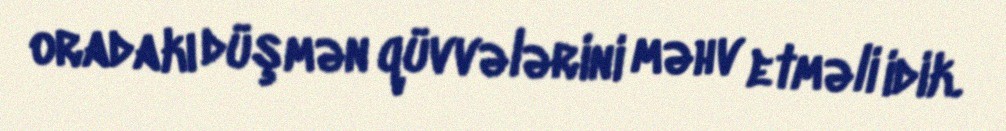
oradakı düşmən qüvvələrini məhv etməli idik.